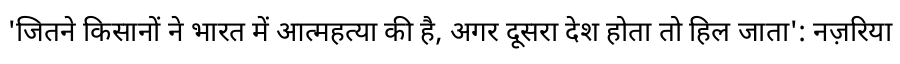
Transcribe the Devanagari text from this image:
'जितने किसानों ने भारत में आत्महत्या की है, अगर दूसरा देश होता तो हिल जाता': नज़रिया